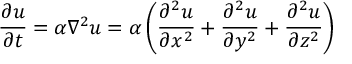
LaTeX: { \frac { \partial u } { \partial t } } = \alpha \nabla ^ { 2 } u = \alpha \left( { \frac { \partial ^ { 2 } u } { \partial x ^ { 2 } } } + { \frac { \partial ^ { 2 } u } { \partial y ^ { 2 } } } + { \frac { \partial ^ { 2 } u } { \partial z ^ { 2 } } } \right)